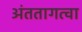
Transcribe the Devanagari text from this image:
अंततागत्वा